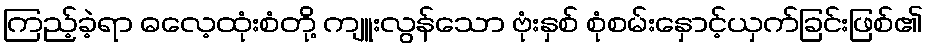
ကြည့်ခဲ့ရာ ဓလေ့ထုံးစံတို့ ကျူးလွန်သော ဗုံးနှစ် စုံစမ်းနှောင့်ယှက်ခြင်းဖြစ်၏